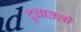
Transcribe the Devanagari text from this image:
दुधातली